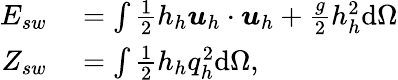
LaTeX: \begin{array}{rl}{E_{sw}}&{{}=\int\frac{1}{2}h_{h}\boldsymbol{u}_{h}\cdot\boldsymbol{u}_{h}+\frac{g}{2}h_{h}^{2}\mathrm{d}\Omega}\\ {Z_{sw}}&{{}=\int\frac{1}{2}h_{h}q_{h}^{2}\mathrm{d}\Omega,}\end{array}